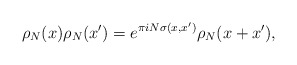
\begin{align*}\rho_N(x)\rho_N(x')=e^{\pi i N \sigma(x, x')}\rho_N(x+x'),\end{align*}